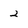
Character: 2